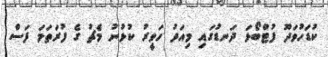
ކުޑަހުވަދޫ ފުޓްބޯޅަ ދަނޑުގައި މިއަދު ހަވީރު ކުޅުނު މެޗު ގެ ފުރަތަމަ ފަސް